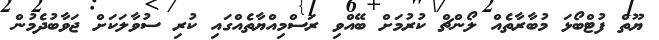
ޔޫތް ފުޓްބޯޅަ މުބާރާތެއް ލޯންޗް ކުރުމަށް ބޭއްވި ރަސްމިއްޔާތެއްގައި ކުރި ސުވާލަކަށް ޖަވާބުދެމުން